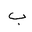
Letter: _ba